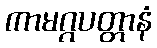
ကာမဂ္ဂပတ္တာနံ